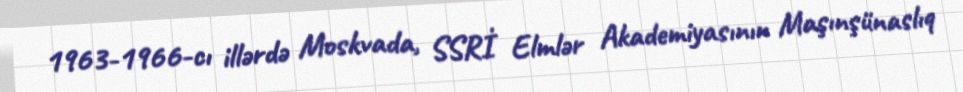
1963-1966-cı illərdə Moskvada, SSRİ Elmlər Akademiyasının Maşınşünaslıq